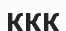
ККК